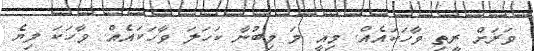
ވަރަށް ރީތި ވާހަކައެއް. މިއީ މަ މިބުނާ ކަހަލަ ވާހަކައެއް. ވާހަކަ ލިޔެ